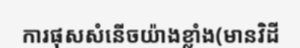
ការផុសសំនើចយ៉ាងខ្លាំង(មានវិដី